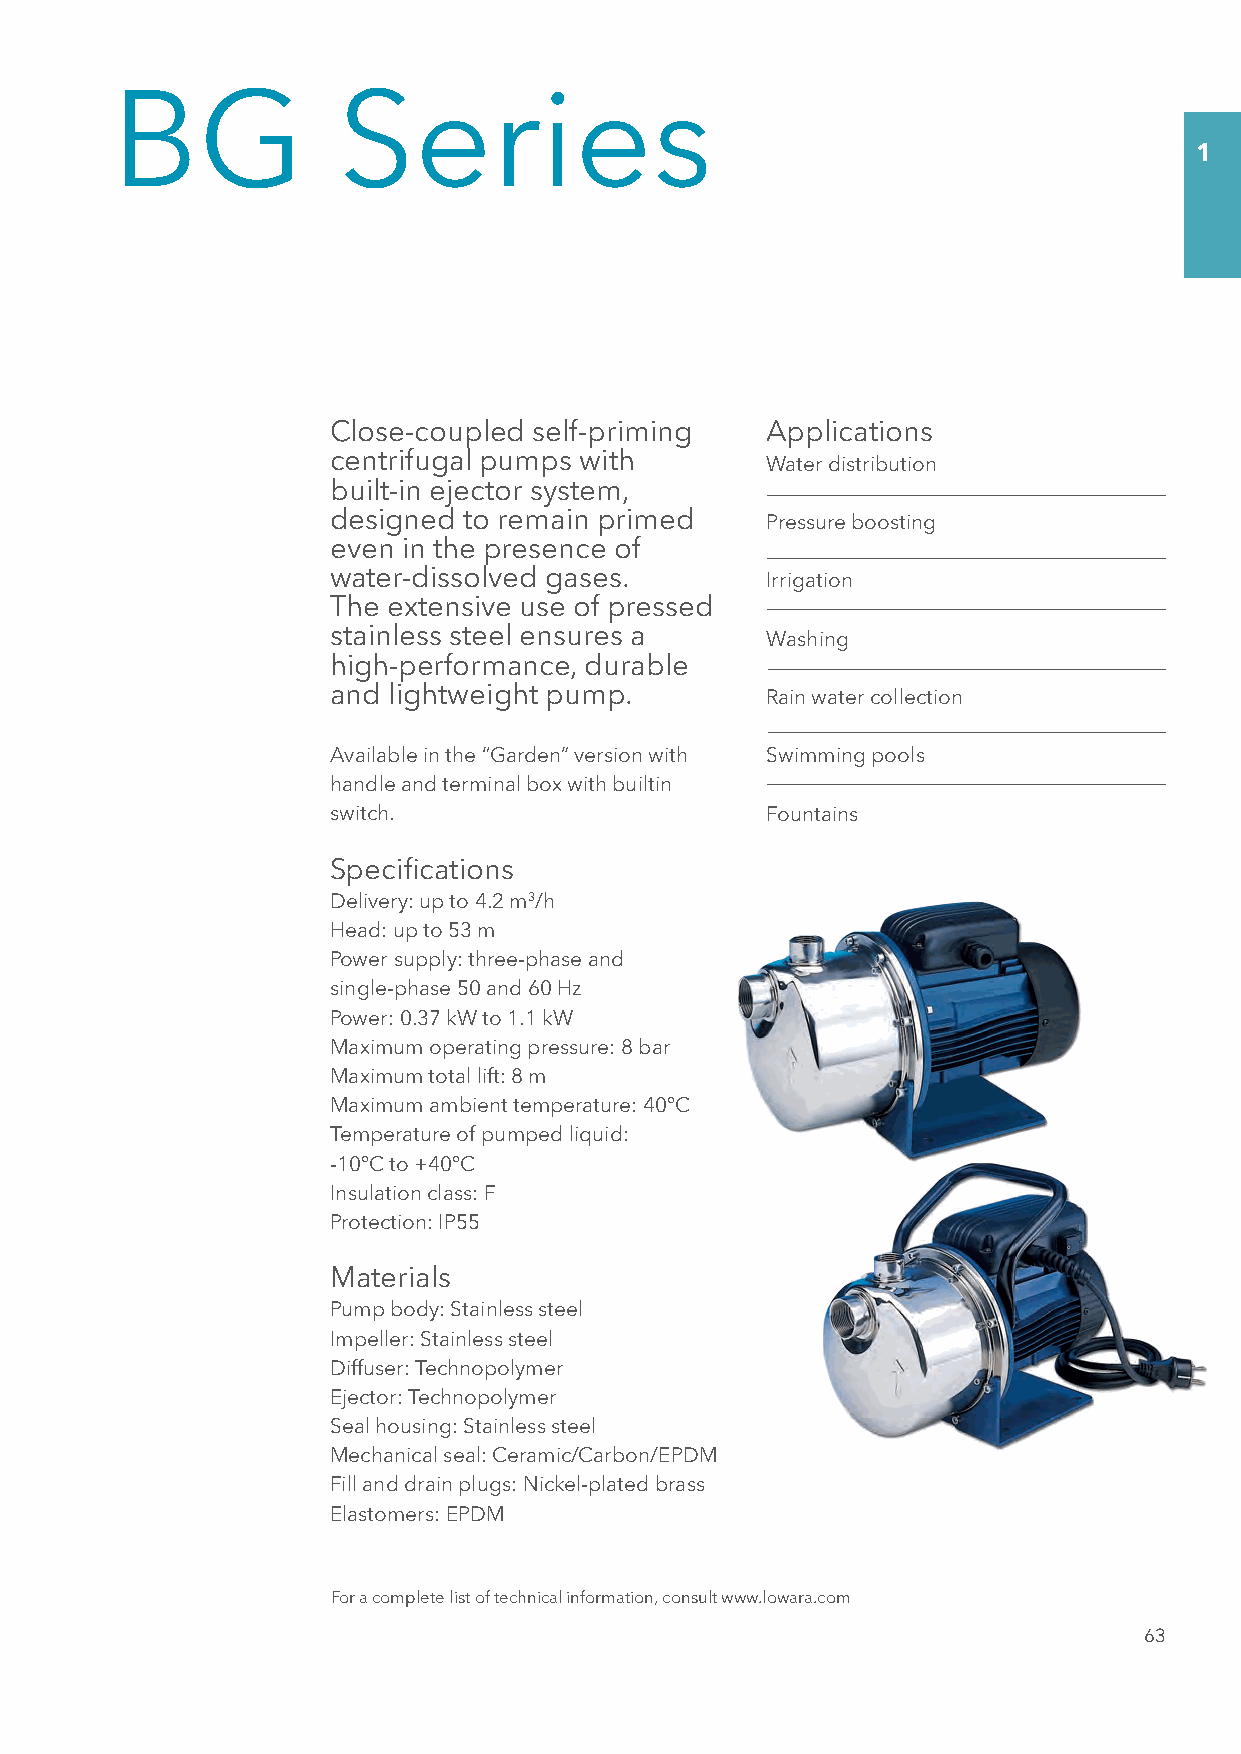
BG             Series
 1
 Close-coupled self-priming   Applications
 centrifugal pumps with
 Water distribution
 built-in ejector system,
 designed to remain primed
 Pressure boosting
 even in the presence of
 water-dissolved gases.
 Irrigation
 The extensive use of pressed
 stainless steel ensures a
 Washing
 high-performance, durable
 and lightweight pump.
 Rain water collection
 Available in the “Garden” version with Swimming pools
 handle and terminal box with builtin
 switch.                      Fountains
 Specifi cations
 Delivery: up to 4.2 m3/h
 Head: up to 53 m
 Power supply: three-phase and
 single-phase 50 and 60 Hz
 Power: 0.37 kW to 1.1 kW
 Maximum operating pressure: 8 bar
 Maximum total lift: 8 m
 Maximum ambient temperature: 40°C
 Temperature of pumped liquid:
 -10°C to +40°C
 Insulation class: F
 Protection: IP55
 Materials
 Pump body: Stainless steel
 Impeller: Stainless steel
 Diffuser: Technopolymer
 Ejector: Technopolymer
 Seal housing: Stainless steel
 Mechanical seal: Ceramic/Carbon/EPDM
 Fill and drain plugs: Nickel-plated brass
 Elastomers: EPDM
 For a complete list of technical information, consult www.lowara.com
 63
 SSeezziioonnee__0011__uukk..iinndddd 6633                                 0077//0033//1122 1155..2277